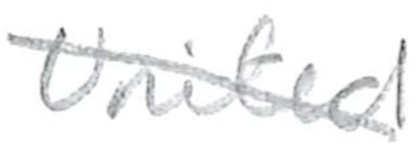
Text: United
Cross-out: diagonal
Writing tool: pencil